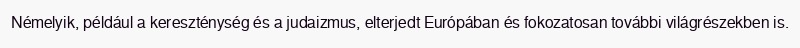
Némelyik, például a kereszténység és a judaizmus, elterjedt Európában és fokozatosan további világrészekben is.